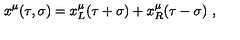
x ^ { \mu } ( \tau , \sigma ) = x _ { L } ^ { \mu } ( \tau + \sigma ) + x _ { R } ^ { \mu } ( \tau - \sigma ) \ ,